Report on vaccination for the Province of Oudh 1873 -
Year: 1873
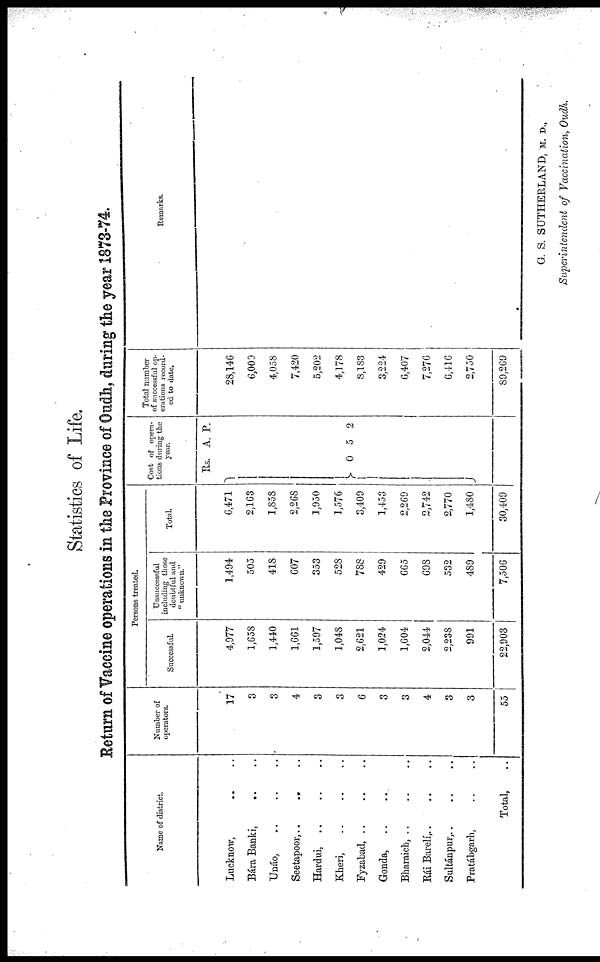
Statistics of Life.
Return of Vaccine operations in the Province of Oudh, during the year 1873-74.
Name of district.
Lucknow, .. ..
Bára Banki, .. ..
Unáo, .. ..
Seetapoor,..
..
Hardui, .. ..
Kheri,
Fyzabad, .. ..
Gonda, .. ..
Bharaich, .. .. ..
Rái Barelí,.. .. ..
Sultánpur,.. .. ..
Pratábgarh, .. ..
Total,
Number of
operators.
17
3
3
4
3
3
6
3
3
4
3
3
55
Persons treated.
Successful.
4,977
1,658
1,440
1,661
1,597
1,048
2,621
1,024
1,604
2,044
2,238
991
22,903
Unsuccessful
including those
doubtful and
"unknown."
1,494
505
418
607
353
528
788
429
665
698
532
489
7,506
Total.
6,471
2,163
1,858
2,268
1,950
1,576
3,409
1,453
2,269
2,742
2,770
1,480
30,409
Cost of opera-
tions during the
year.
Rs.
0
A.
5
P.
2
Total number
of successful op-
erations record-
ed to date.
28,146
6,009
4,058
7,420
5,202
4,178
8,183
3,224
6,407
7,276
6,416
2,750
89,209
Remarks.
G. S. SUTHERLAND, M. D.,
Superintendent of Vaccination, Oudh.